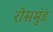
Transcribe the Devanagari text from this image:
रोसमुंड